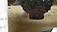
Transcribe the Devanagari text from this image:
कचिंग